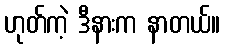
ဟုတ်ကဲ့ ဒီနားက နာတယ်။